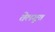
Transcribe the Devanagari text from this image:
तेलगूत